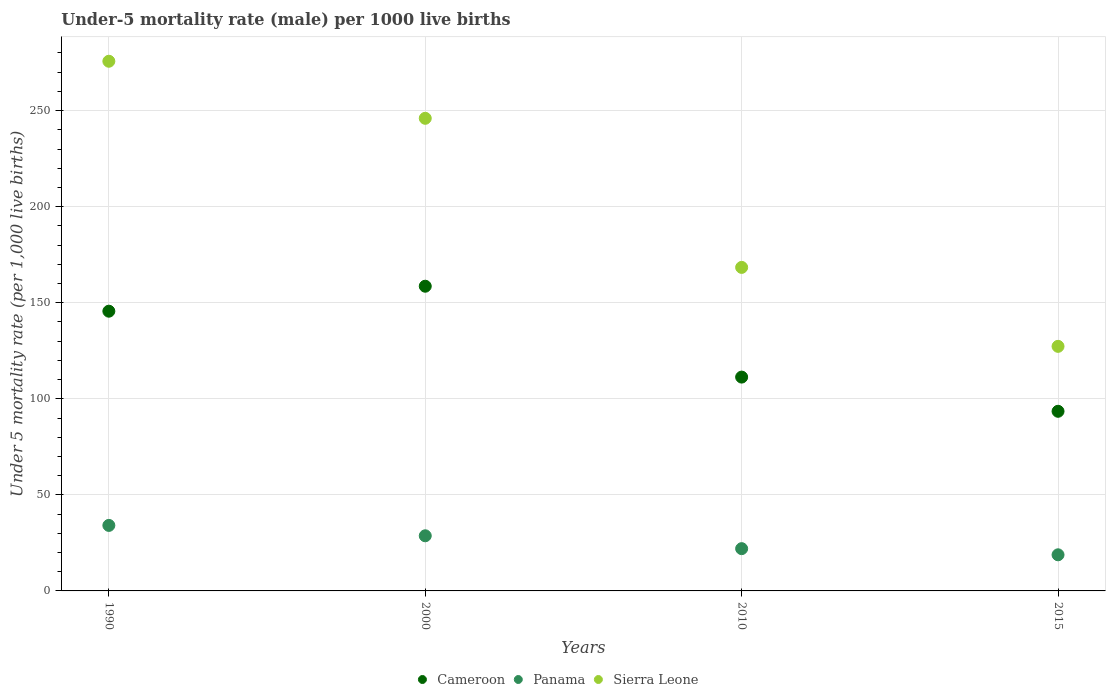
| Years | Cameroon | Panama | Sierra Leone |
 | --- | --- | --- | --- |
 | 1990 | 146 | 34.1 | 276 |
 | 2000 | 159 | 28.7 | 246 |
 | 2010 | 111 | 22 | 168 |
 | 2015 | 93.5 | 18.8 | 127 |